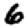
Digit: 6